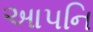
આપનિ